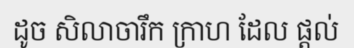
ដូច សិលាចារឹក ក្រាហ ដែល ផ្តល់